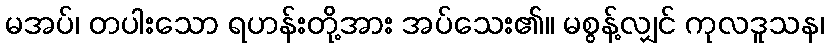
မအပ်၊ တပါးသော ရဟန်းတို့အား အပ်သေး၏။ မစွန့်လျှင် ကုလဒူသန၊